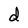
Character: d